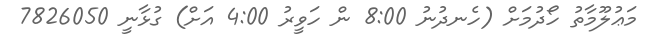
މަޢުލޫމާތު ހޯދުމަށް (ހެނދުނު 8:00 ން ހަވީރު 4:00 އަށް) ގުޅާނީ 7826050